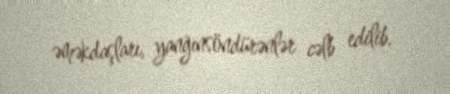
əməkdaşları, yanğınsöndürənlər cəlb edilib.